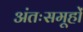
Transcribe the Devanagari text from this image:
अंतःसमूहों